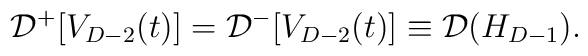
{\cal D}^+[V_{D-2}(t)]={\cal D}^-[V_{D-2}(t)] \equiv {\cal D}(H_{D-1}).